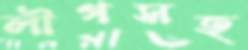
লীগসহ